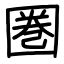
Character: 圏